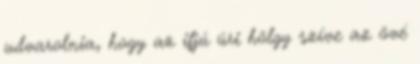
udvarolnia, hogy az ifjú úri hölgy szíve az övé